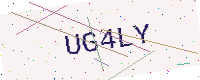
Text: UG4LY